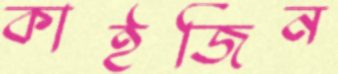
কাইজিন